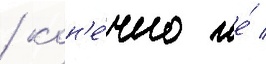
/ кон'е́чно же́ /